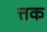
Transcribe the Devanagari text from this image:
त्तक